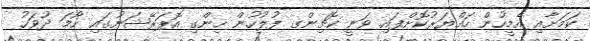
ކަމަށާއި އެމީހުން ހައްޔަރުކޮށްފައި ވަނީ ކޮޗިންގ ފުލުހުން ހިންގި އޮޕަރޭޝަނުގައި ހޯމަ ދުވަހު